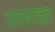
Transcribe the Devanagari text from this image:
स्वसंज्ञा